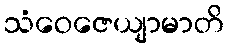
သံဝေဇေယျာမာတိ